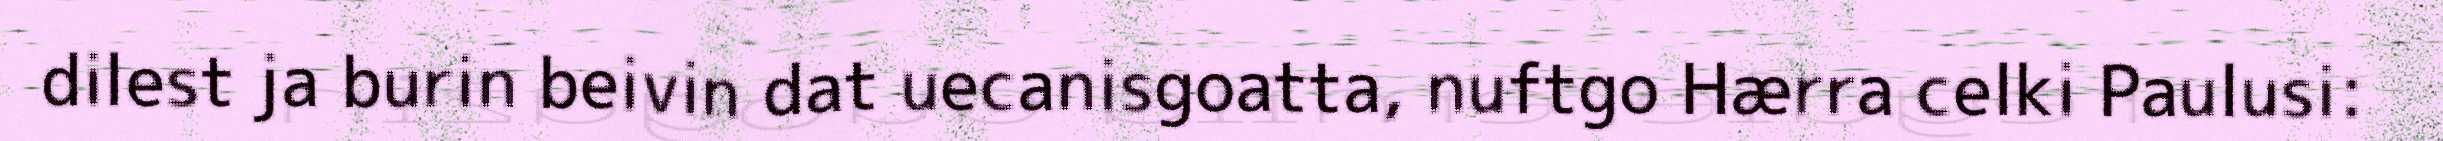
dilest ja burin beivin dat uecanisgoatta, nuftgo Hærra celki Paulusi: